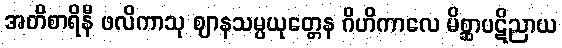
အတိစာရိနီ ဖလိကာသု ဈာနသမ္ပယုတ္တေန ဂိဟိကာလေ မိစ္ဆာပဋိညာယ